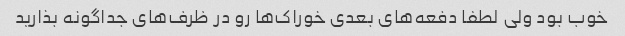
خوب بود ولی لطفا دفعه‌های بعدی خوراک‌ها رو در ظرف‌های جداگونه بذارید